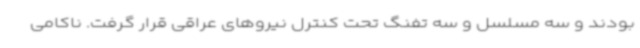
بودند و سه مسلسل و سه تفنگ تحت کنترل نیروهای عراقی قرار گرفت. ناکامی